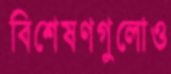
বিশেষণগুলোও